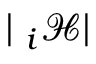
| { \bf \nabla } _ { i } \mathcal { H } |